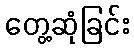
တွေ့ဆုံခြင်း